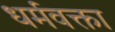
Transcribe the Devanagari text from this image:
धर्मवक्ता